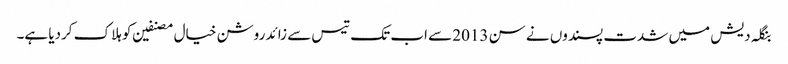
بنگلہ دیش میں شدت پسندوں نے سن 2013 سے اب تک تیس سے زائد روشن خیال مصنفین کو ہلاک کردیا ہے۔